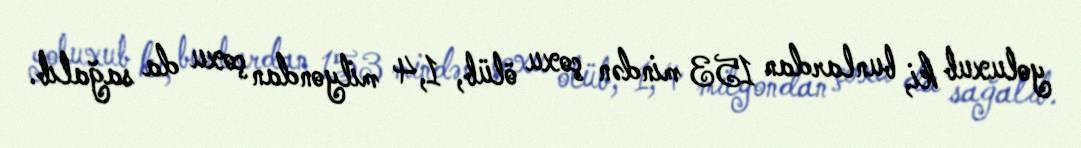
yoluxub ki, bunlardan 153 mindən çoxu ölüb, 1,4 milyondan çoxu da sağalıb.